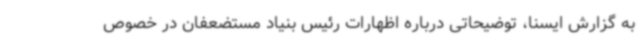
به گزارش ایسنا، توضیحاتی درباره اظهارات رئیس بنیاد مستضعفان در خصوص